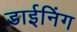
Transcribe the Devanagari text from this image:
डाईनिंग